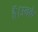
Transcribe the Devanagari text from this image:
हैं।उनके